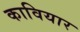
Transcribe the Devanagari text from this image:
कावियार